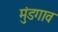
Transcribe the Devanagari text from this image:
मुंडगाव